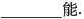
___能。